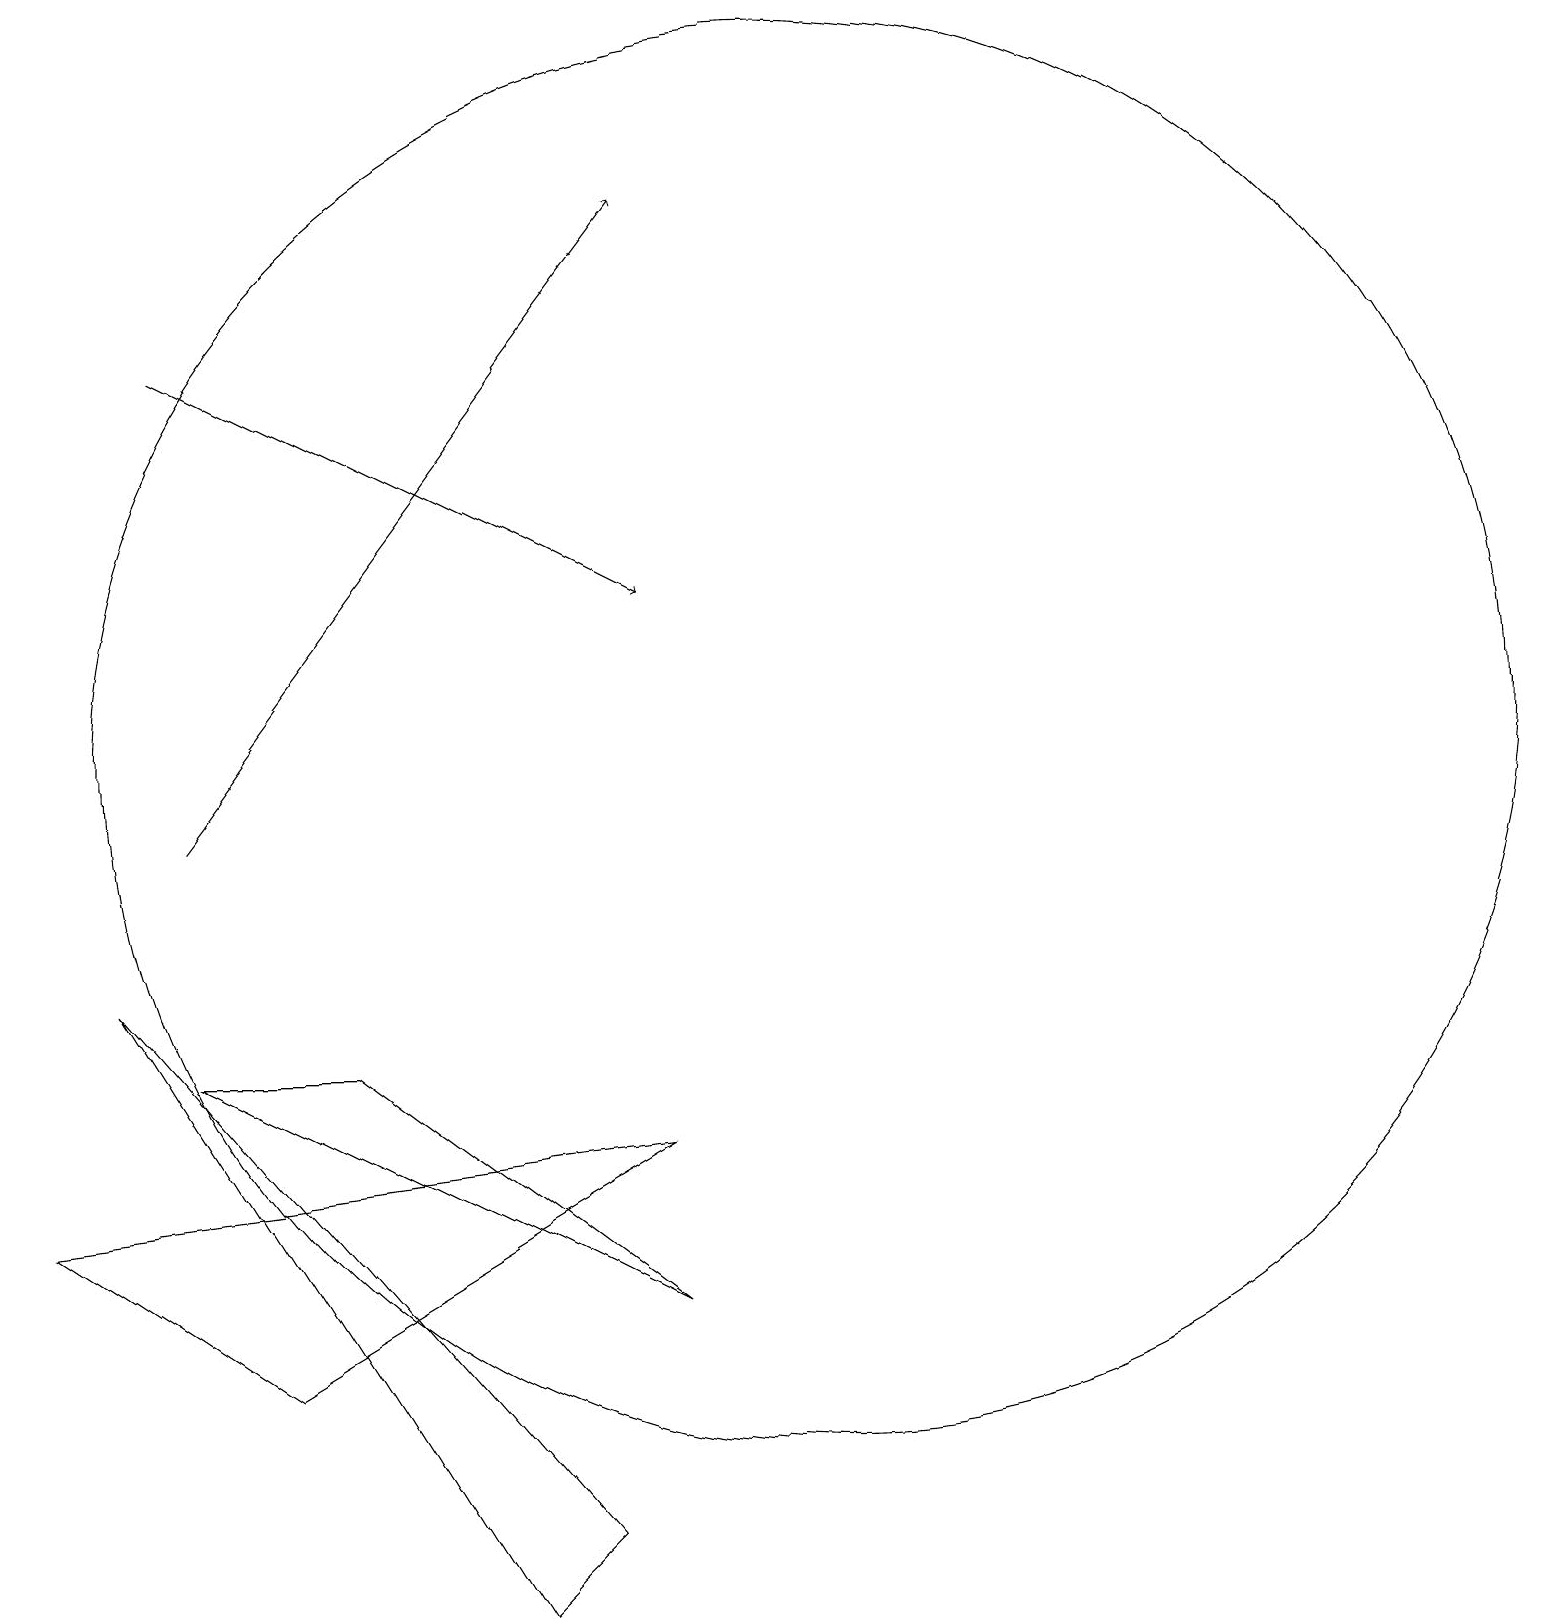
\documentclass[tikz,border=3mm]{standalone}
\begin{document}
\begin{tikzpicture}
\draw (5,7) -- (3,7) -- (9,4) -- cycle;
\draw (1,5) -- (4,3) -- (9,6) -- cycle;
\draw (7,0) -- (2,8) -- (8,1) -- cycle;
\draw (11,11) circle (9);
\draw[->] (3,10) -- (9,18);
\draw[->] (3,16) -- (9,13);
\draw (10,12) circle (0);
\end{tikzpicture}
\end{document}